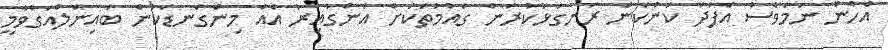
އެހެން ނަމަވެސް އެފަދަ ކަންކަން ރަނގަޅުކުރަން ގައުމުތަކަށް އަންގާއިރު އެއް މިންގަނޑަކުން ބައިނަލްއަގްވާމީ